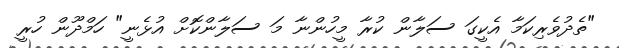
"ތެދުވެރިކަމާ އެކީގަ ސަލާން ކުރާ މީހުންނާ މަ ސަލާންކޮށް އުޅެނީ" ހަމްދޫން ހުރީ